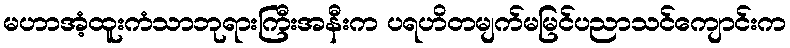
မဟာအံ့ထူးကံသာဘုရားကြီးအနီးက ပရဟိတမျက်မမြင်ပညာသင်ကျောင်းက